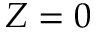
Z = 0